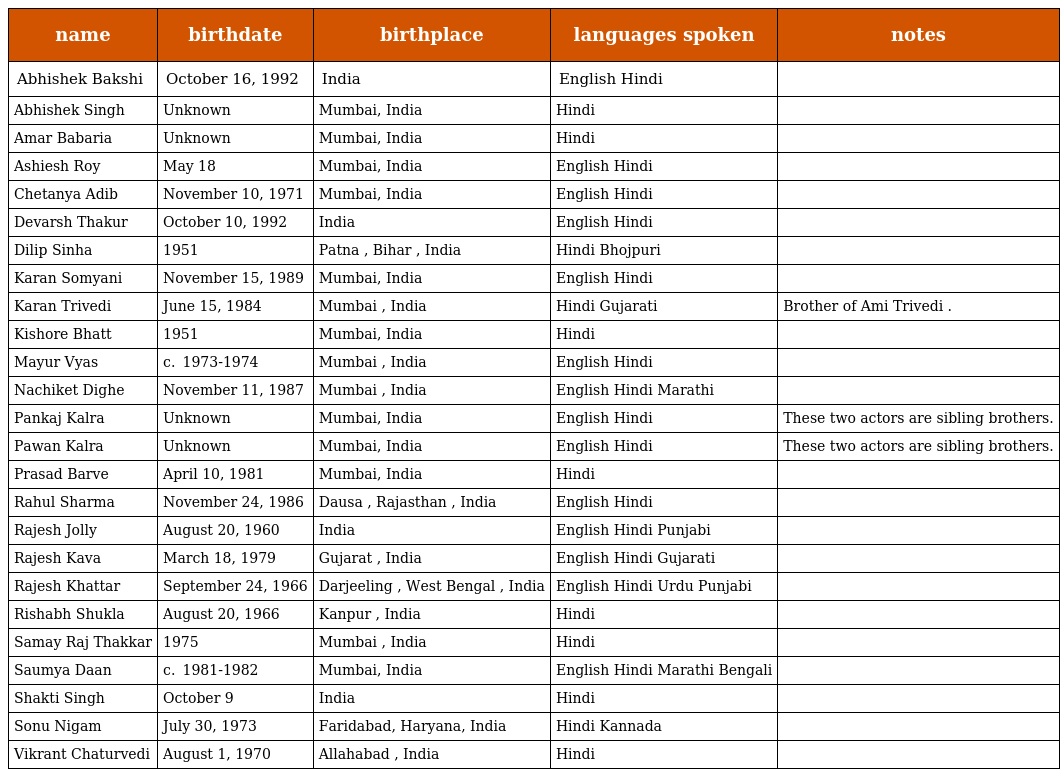
| name | birthdate | birthplace | languages spoken | notes |
 | --- | --- | --- | --- | --- |
 | Abhishek Bakshi | October 16, 1992 | India | English Hindi |  |
 | Abhishek Singh | Unknown | Mumbai, India | Hindi |  |
 | Amar Babaria | Unknown | Mumbai, India | Hindi |  |
 | Ashiesh Roy | May 18 | Mumbai, India | English Hindi |  |
 | Chetanya Adib | November 10, 1971 | Mumbai, India | English Hindi |  |
 | Devarsh Thakur | October 10, 1992 | India | English Hindi |  |
 | Dilip Sinha | 1951 | Patna , Bihar , India | Hindi Bhojpuri |  |
 | Karan Somyani | November 15, 1989 | Mumbai, India | English Hindi |  |
 | Karan Trivedi | June 15, 1984 | Mumbai , India | Hindi Gujarati | Brother of Ami Trivedi . |
 | Kishore Bhatt | 1951 | Mumbai, India | Hindi |  |
 | Mayur Vyas | c.  1973-1974 | Mumbai , India | English Hindi |  |
 | Nachiket Dighe | November 11, 1987 | Mumbai , India | English Hindi Marathi |  |
 | Pankaj Kalra | Unknown | Mumbai, India | English Hindi | These two actors are sibling brothers. |
 | Pawan Kalra | Unknown | Mumbai, India | English Hindi | These two actors are sibling brothers. |
 | Prasad Barve | April 10, 1981 | Mumbai, India | Hindi |  |
 | Rahul Sharma | November 24, 1986 | Dausa , Rajasthan , India | English Hindi |  |
 | Rajesh Jolly | August 20, 1960 | India | English Hindi Punjabi |  |
 | Rajesh Kava | March 18, 1979 | Gujarat , India | English Hindi Gujarati |  |
 | Rajesh Khattar | September 24, 1966 | Darjeeling , West Bengal , India | English Hindi Urdu Punjabi |  |
 | Rishabh Shukla | August 20, 1966 | Kanpur , India | Hindi |  |
 | Samay Raj Thakkar | 1975 | Mumbai , India | Hindi |  |
 | Saumya Daan | c.  1981-1982 | Mumbai, India | English Hindi Marathi Bengali |  |
 | Shakti Singh | October 9 | India | Hindi |  |
 | Sonu Nigam | July 30, 1973 | Faridabad, Haryana, India | Hindi Kannada |  |
 | Vikrant Chaturvedi | August 1, 1970 | Allahabad , India | Hindi |  |